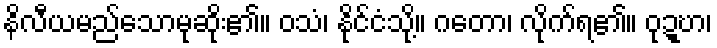
နိလီယမည်သောမုဆိုး၏။ ဝသံ၊ နိုင်ငံသို့။ ဂတော၊ လိုက်ရ၏။ ဝုဍ္ဎာ၊